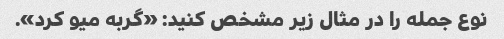
نوع جمله را در مثال زیر مشخص کنید: «گربه میو کرد».